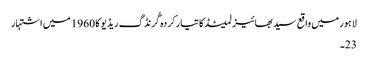
لاہور میں واقع سید بھائیز لمیٹڈ کا تیار کردہ گُرنڈگ ریڈیو کا 1960 میں اشتہار
23۔